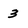
Character: 3